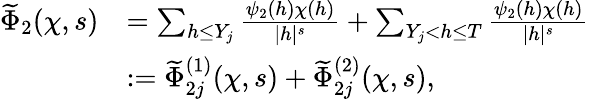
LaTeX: \begin{array}{rl}{\widetilde{\Phi}_{2}{(\chi,s)}}&{=\sum_{h\leq Y_{j}}\frac{\psi_{2}(h)\chi(h)}{|h|^{s}}+\sum_{Y_{j}<h\leq T}\frac{\psi_{2}(h)\chi(h)}{|h|^{s}}}\\ &{:=\widetilde{\Phi}_{2j}^{(1)}{(\chi,s)}+\widetilde{\Phi}_{2j}^{(2)}{(\chi,s)},}\end{array}